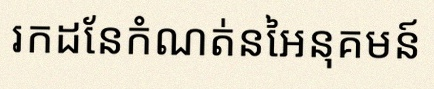
រកដែនកំណត់នៃអនុគមន៍